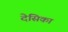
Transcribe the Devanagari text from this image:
देसिका